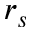
r _ { s }